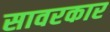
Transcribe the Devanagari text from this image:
सावरकार